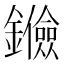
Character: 𨯘